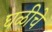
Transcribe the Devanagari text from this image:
घळीचे